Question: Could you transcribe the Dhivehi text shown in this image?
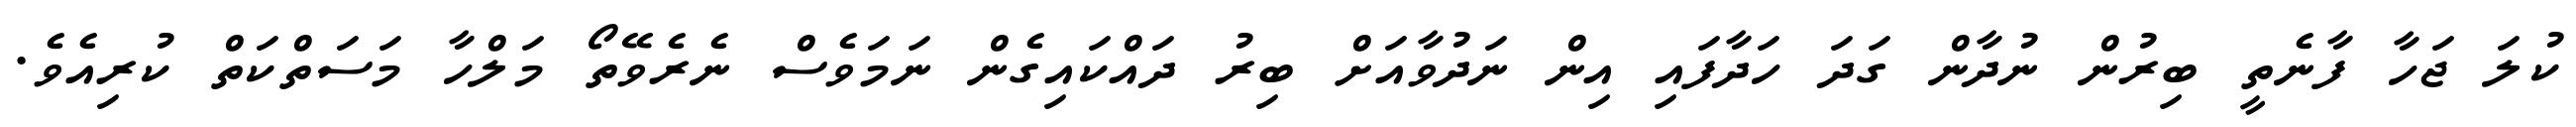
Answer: ކުލަ ޖަހާ ފާނެތީ ބިރުން ނުދާން ގަދަ ހަދާފައި އިން ނަދުވާއަށް ބިރު ދައްކައިގެން ނަމަވެސް ނެރެވޭތޯ މަލްހާ މަސަތްކަތް ކުރިއެވެ.